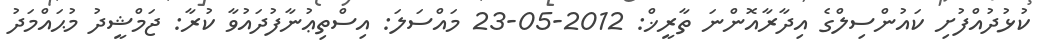
ކުޅުދުއްފުށި ކައުންސިލްގެ އިދާރާއޮންނަ ތާރީޚް: 2012-05-23 މައްސަލަ: އިސްތިޢުނާފުދައުވާ ކުރާ: ޖަމްޝީދު މުޙައްމަދު